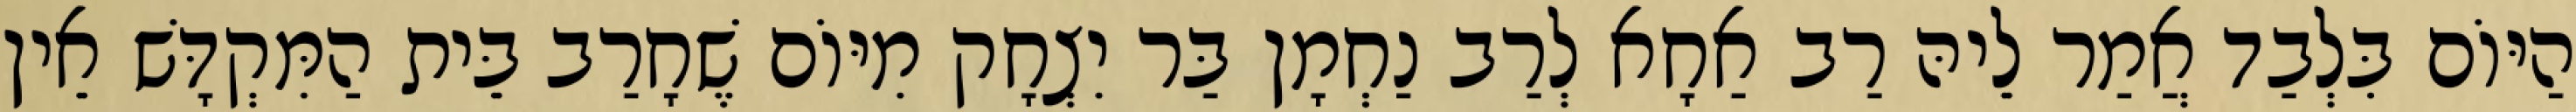
הַיּוֹם בִּלְבַד אֲמַר לֵיהּ רַב אַחָא לְרַב נַחְמָן בַּר יִצְחָק מִיּוֹם שֶׁחָרַב בֵּית הַמִּקְדָּשׁ אֵין